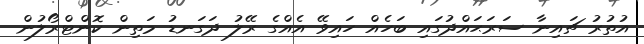
އުތުރު ޗައިނާ ސަރަޙައްދުގައި ބަހެއް ހައިވޭ އެއްގެ ރޭލު ދަގަނޑު މަތިން ކޮންޓްރޯލުން